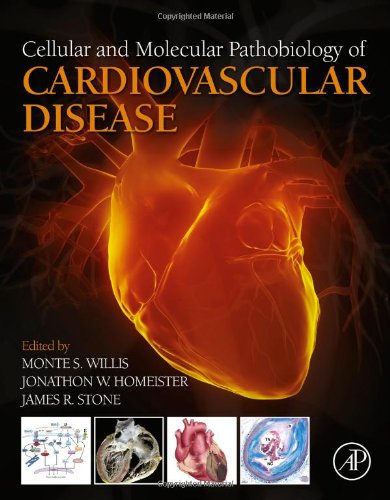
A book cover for Cellular and Molecular Pathobiology of Cardiovascular Disease; Medical Books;